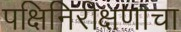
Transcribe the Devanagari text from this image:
पक्षिनिरीक्षणाचा